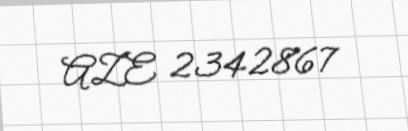
AZE 2342867